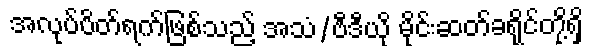
အလုပ်ပိတ်ရက်ဖြစ်သည့် အသံ/ဗီဒီယို မိုင်းဆတ်ခရိုင်တို့ရှိ